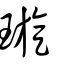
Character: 璇